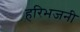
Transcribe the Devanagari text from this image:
हरिभजनी